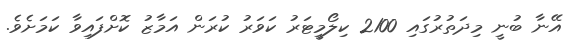
އޭނާ ބުނީ މިދަތުރުގައި 2100 ކިލޯމީޓަރު ކަވަރު ކުރަން އަމާޒު ކޮށްފައިވާ ކަމަށެވެ.